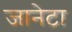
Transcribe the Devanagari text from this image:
जानेटा